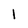
Character: 1